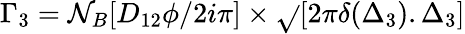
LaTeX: \Gamma_{3}=\mathcal{N}_{B}[D_{12}\phi/{2i\pi}]\times{\sqrt{}{{[2\pi\delta(\Delta_{3}).\Delta_{3}]}}}